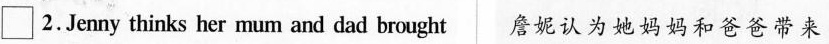
\Box 2 .Jenny thinks her mum and dad brought 詹妮认为她妈妈和爸爸带来